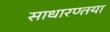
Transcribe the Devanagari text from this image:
साधारण्तया